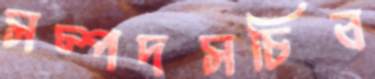
সম্পদসচিব